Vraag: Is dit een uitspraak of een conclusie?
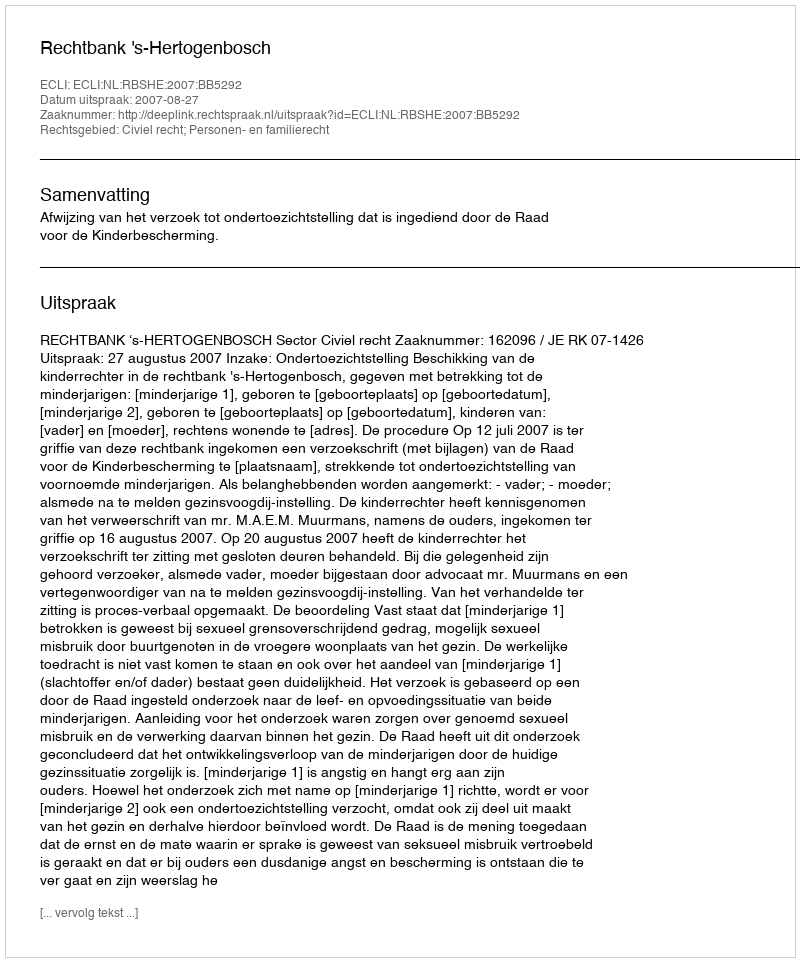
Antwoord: Uitspraak